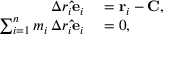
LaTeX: \begin{array} { r l } { \Delta r _ { i } \mathbf { \hat { e } } _ { i } } & { { } = \mathbf { r } _ { i } - \mathbf { C } , } \\ { \sum _ { i = 1 } ^ { n } m _ { i } \, \Delta r _ { i } \mathbf { \hat { e } } _ { i } } & { { } = 0 , } \end{array}